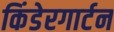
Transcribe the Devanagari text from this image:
किंडेरगार्टन